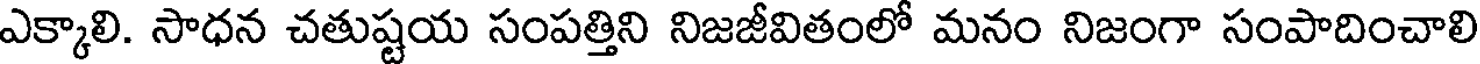
ఎక్కాలి. సాధన చతుష్టయ సంపత్తిని నిజజీవితంలో మనం నిజంగా సంపాదించాలి